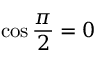
\cos { \frac { \pi } { 2 } } = 0